Report on horse surra - Volume I
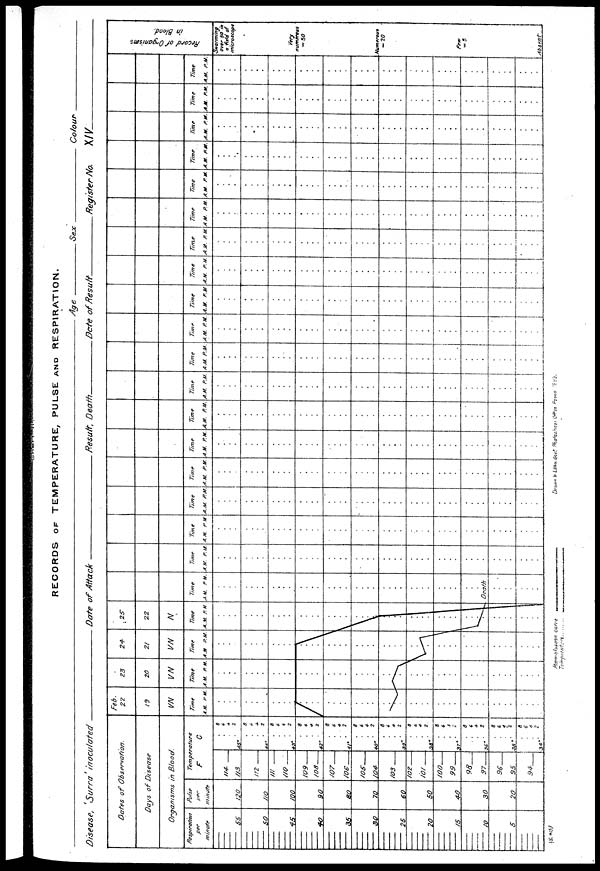
RECORDS OF TEMPERATURE, PULSE AND RESPIRATION.